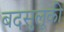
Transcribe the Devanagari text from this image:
बदसुलूकी